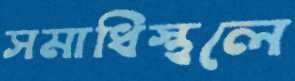
সমাধিস্থলে